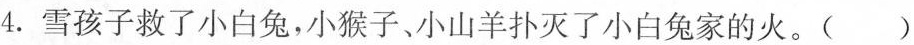
4.雪孩子救了小白兔，小猴子、小山羊扑灭了小白兔家的火。()